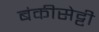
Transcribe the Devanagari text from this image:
बंकीसेट्टी